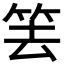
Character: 𥬔